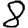
Digit: 8